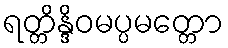
ရတ္တိန္ဒိဝမပ္ပမတ္တော